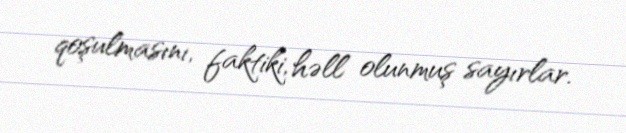
qoşulmasını, faktiki, həll olunmuş sayırlar.